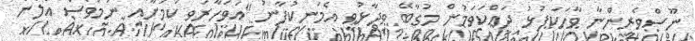
ނޫސްވެރިންނާ ވާހަކަފުޅު ދައްކަވަމުން މުގާބޭ ވިދާޅުވީ އެމަނިކުފާނު "އަވަހާރަވި ކަމަށާއި ނަމަވެސް އަލުން